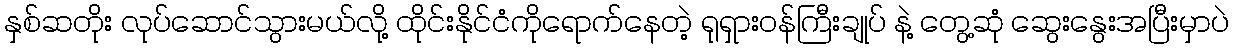
နှစ်ဆတိုး လုပ်ဆောင်သွားမယ်လို့ ထိုင်းနိုင်ငံကိုရောက်နေတဲ့ ရုရှားဝန်ကြီးချုပ် နဲ့ တွေ့ဆုံ ဆွေးနွေးအပြီးမှာပဲ